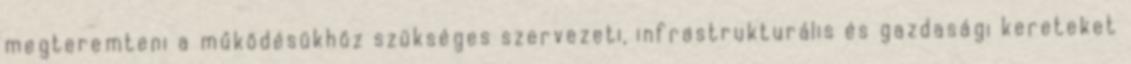
megteremteni a működésükhöz szükséges szervezeti, infrastrukturális és gazdasági kereteket